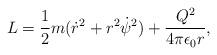
LaTeX: \begin{align*}L={1\over 2}m({\dot r}^2+r^2{\dot{\psi}}^2)+{{Q^2}\over{4\pi\epsilon_0r}},\end{align*}